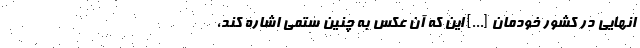
انهایی در کشور خودمان [...] این که آن عکس به چنین ستمی اشاره کند،